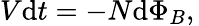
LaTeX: V{\mathrm{d}t}=-N\mathrm{d}\Phi_{B},\,